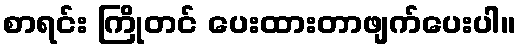
စာရင်း ကြိုတင် ပေးထားတာဖျက်ပေးပါ။